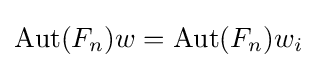
\operatorname {Aut} (F_{n})w=\operatorname {Aut} (F_{n})w_{i}